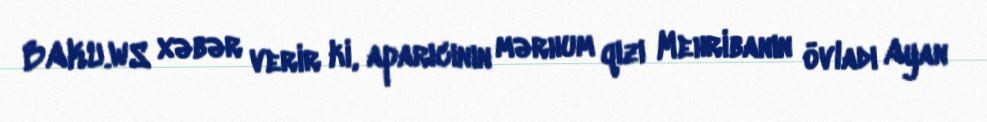
BAKU.WS xəbər verir ki, aparıcının mərhum qızı Mehribanın övladı Ayan